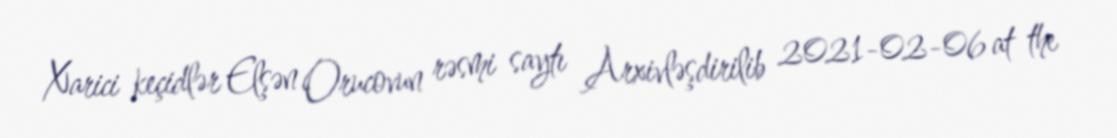
Xarici keçidlər Elşən Orucovun rəsmi saytı Arxivləşdirilib 2021-02-06 at the